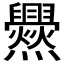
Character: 𱬰